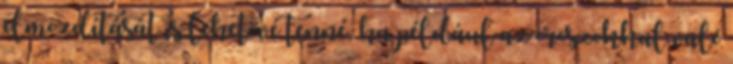
elmozdítását is lehetővé tenné, ha például az oroszokkal való